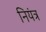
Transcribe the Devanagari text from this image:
नियंत्र